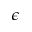
\epsilon